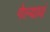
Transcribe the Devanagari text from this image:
गेल्यावं